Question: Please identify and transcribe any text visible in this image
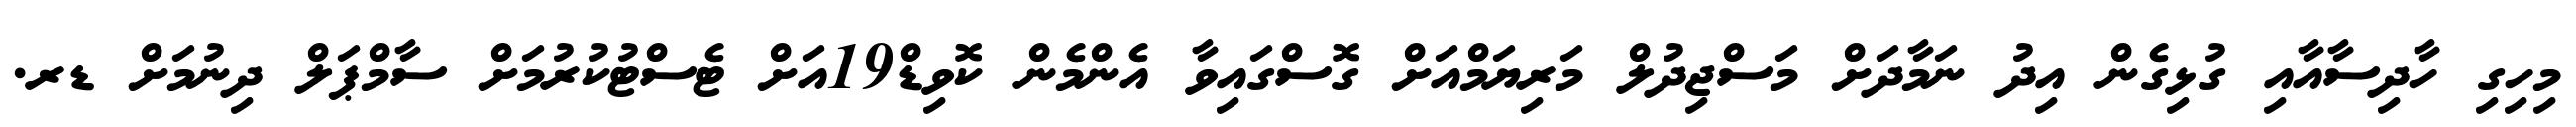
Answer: މިހިގި ހާދިސާއާއި ގުޅިގެން އިދު ނަމާދަށް މަސްޖިދުލް މަރިޔަމްއަށް ގޮސްގައިވާ އެންމެން ކޮވިޑް19އަށް ޓެސްޓުކުރުމަށް ސާމްޕަލް ދިނުމަށް ޑރ.